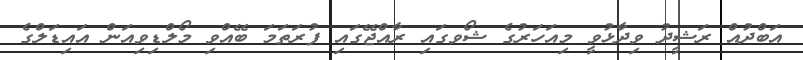
އަބްދުއް ރަޝީދު ވިދާޅުވީ މިއަހަރުގެ ޝޯވގައި ރާއްޖޭގައި ފުރަތަމަ ބޭއްވި މޯލްޑިވިއަން އައިޑަލްގެ